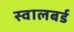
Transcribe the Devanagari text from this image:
स्वालबर्ड